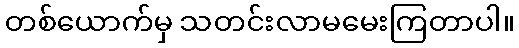
တစ်ယောက်မှ သတင်းလာမမေးကြတာပါ။